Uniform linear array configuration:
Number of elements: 48
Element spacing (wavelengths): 0.25
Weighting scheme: kaiser
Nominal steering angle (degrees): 45
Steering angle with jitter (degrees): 45.95
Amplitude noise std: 0.05
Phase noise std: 0.05

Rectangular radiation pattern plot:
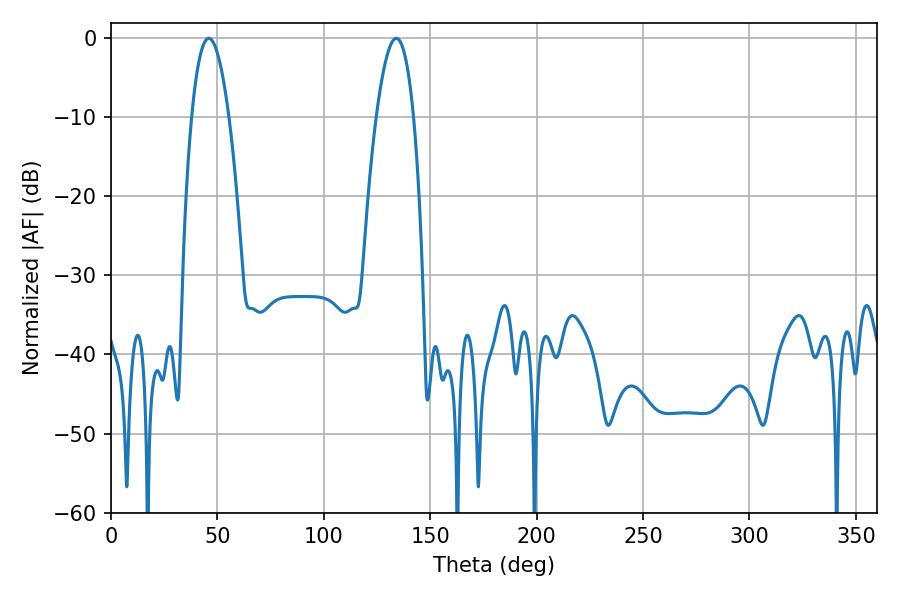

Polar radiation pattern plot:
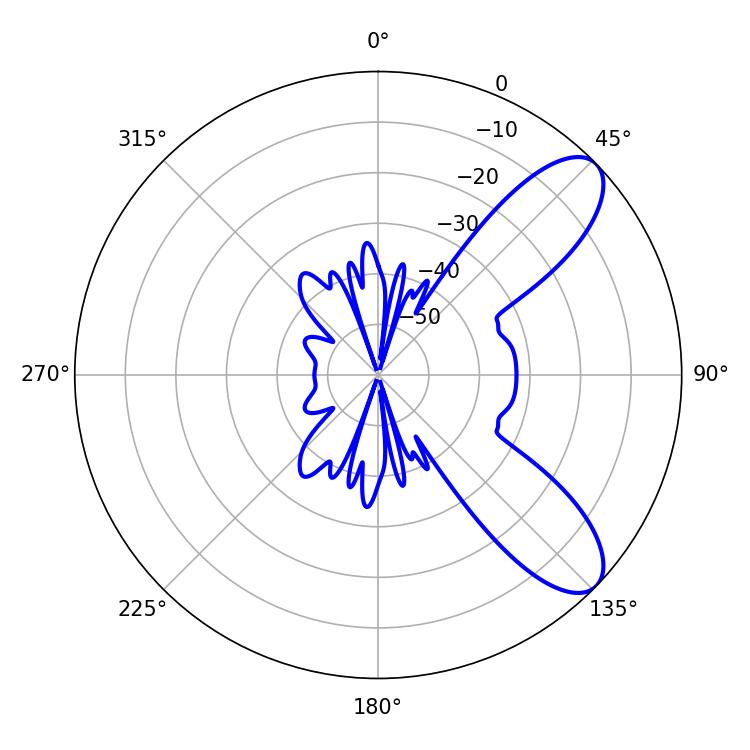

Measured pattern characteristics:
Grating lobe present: FALSE
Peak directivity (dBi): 8.837
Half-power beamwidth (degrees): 9.54
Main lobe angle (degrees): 45.9